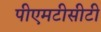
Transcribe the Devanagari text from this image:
पीएमटीसीटी